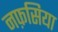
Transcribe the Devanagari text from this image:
नफ़सिया